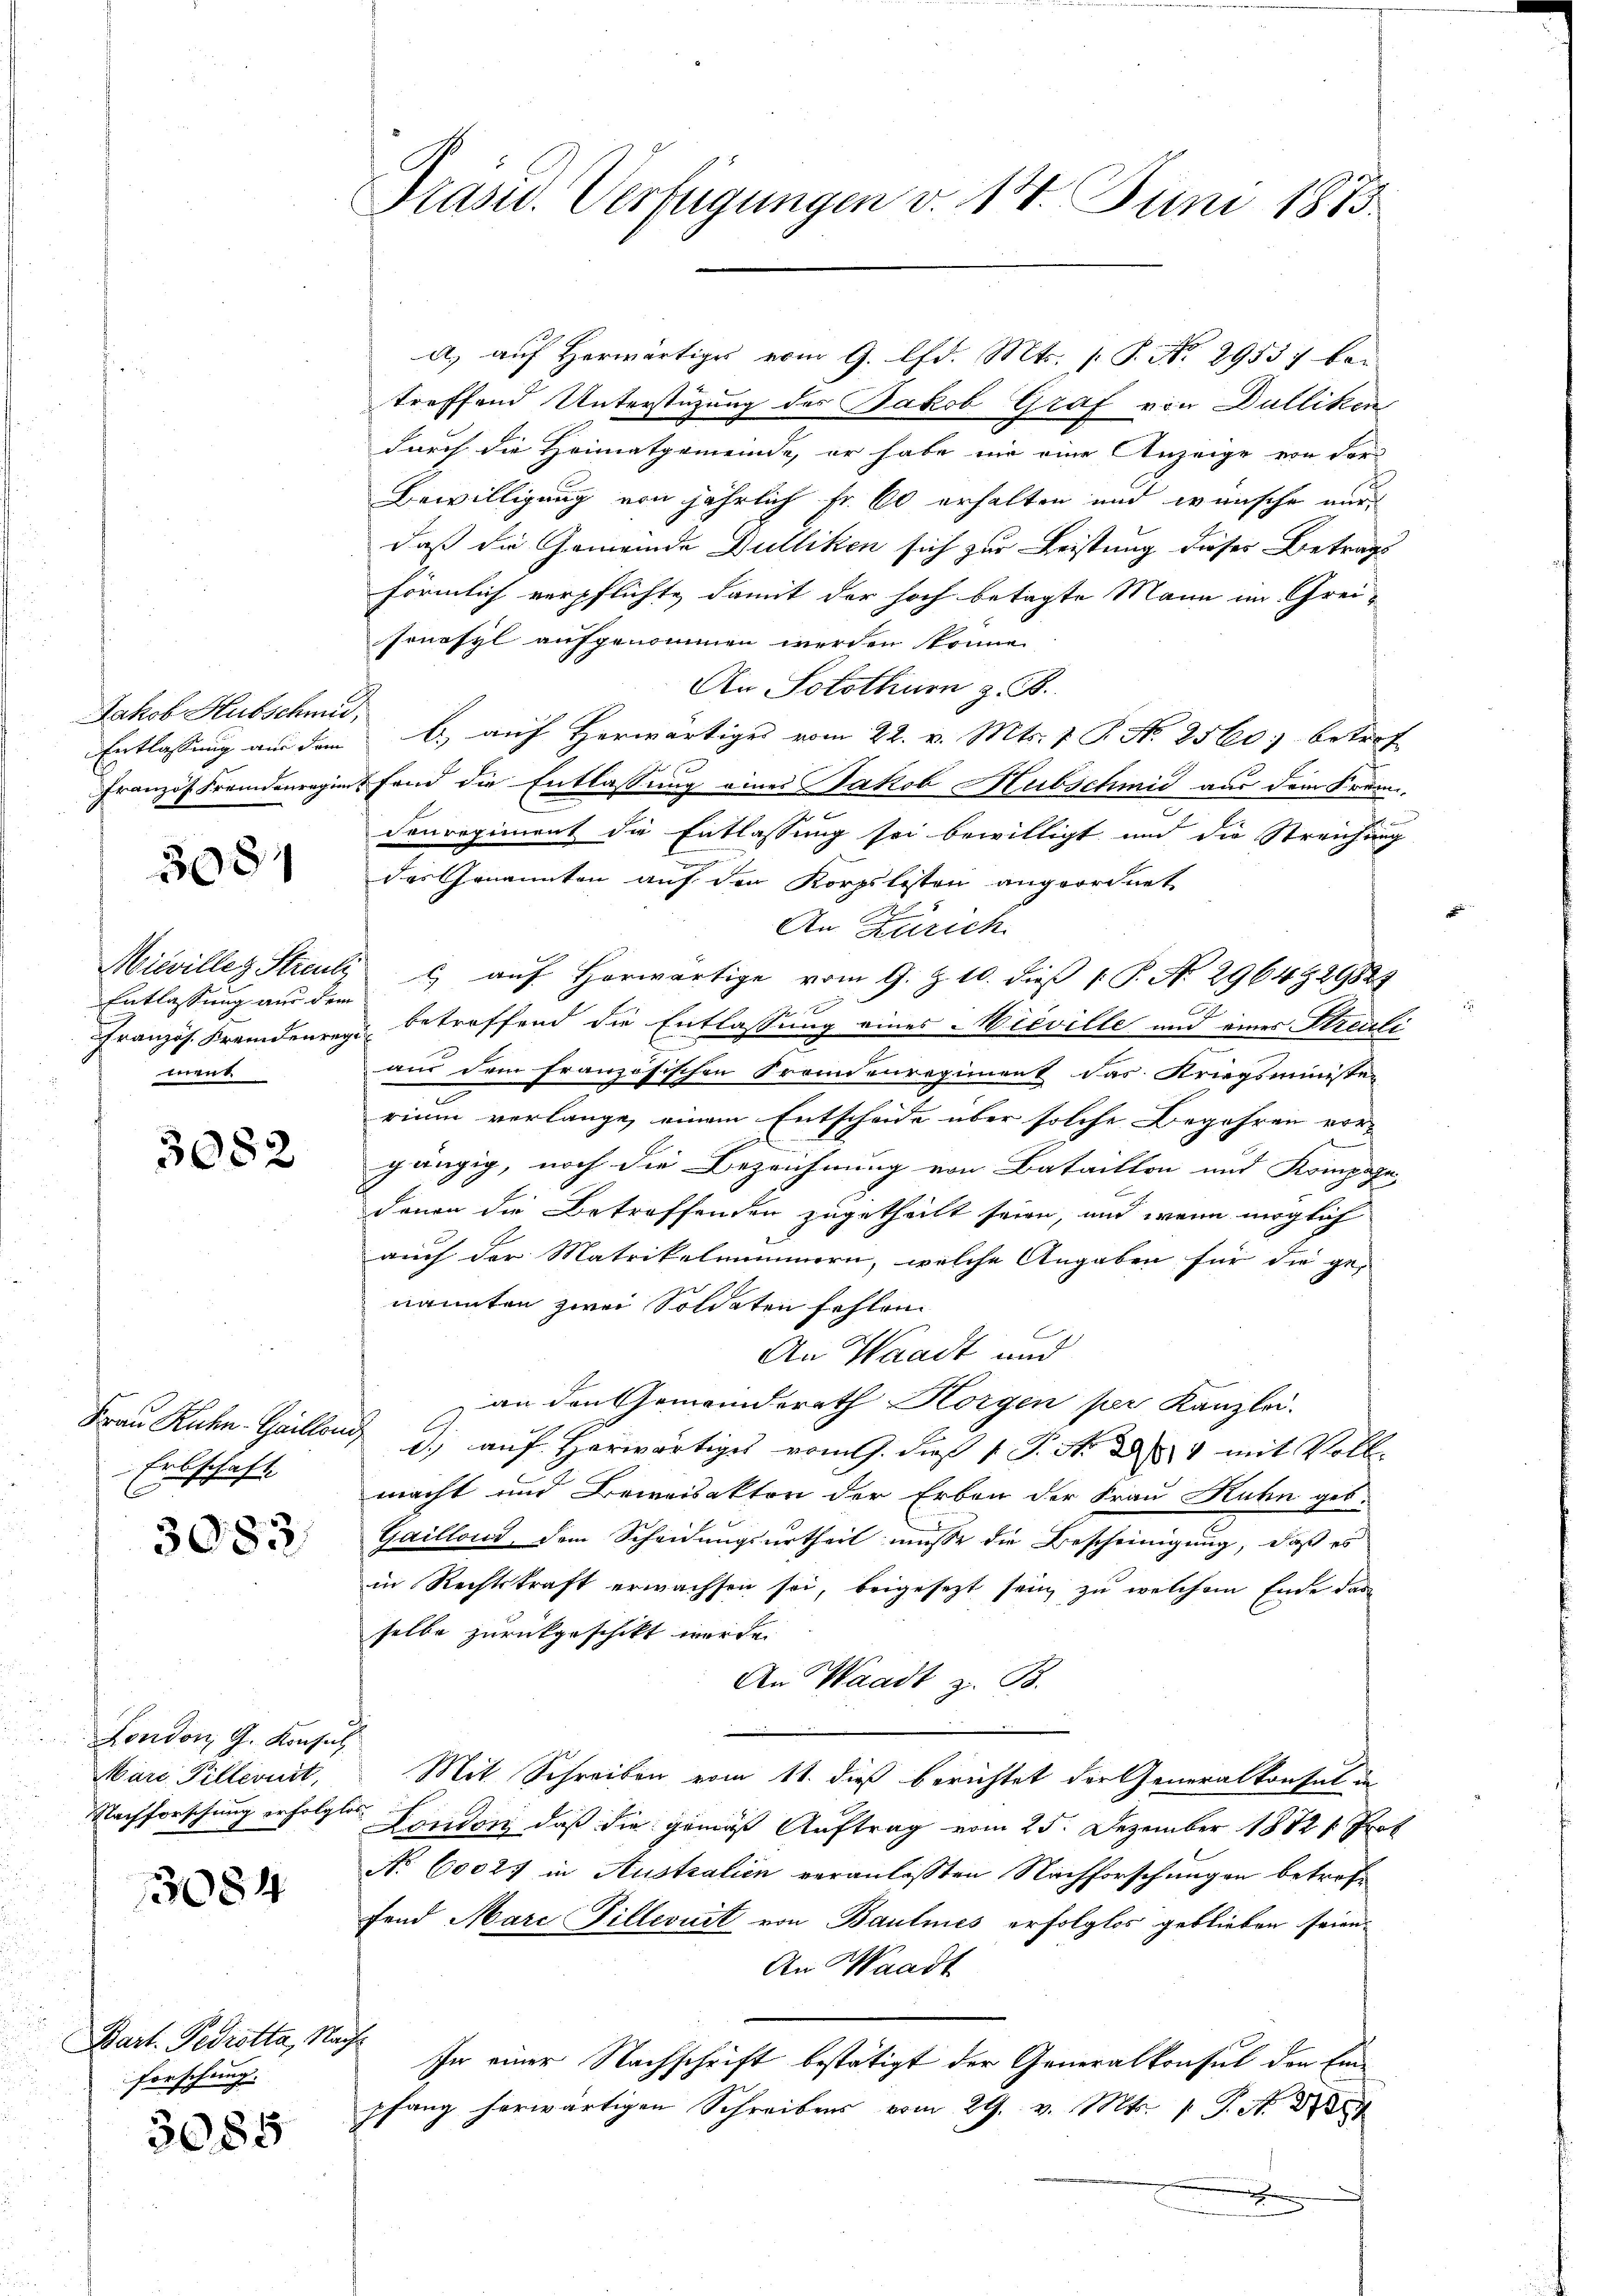
Jakob Hubschmi
Entlassung aus dem
Französ. Fremdenregim

308

Miwille Streuli
Entlassung aus dem
Französ. Fremdenreg
mene

3082

Frau Ruhn-Gailloni
Erbschaft

3083.

London G. Konsul
Mare Pillevurt,

3084

Bart. Frdrotta, Nachforschung.

3085

Präsid.. Verfügungen v. 14. Juni 1875

a. aŭf herwärtige vom 9. lfd. Mts. (T. No. 29557 be-
treffend Unterstüzung des Backob Graf von Dulliken
durch die Heimatgemeinde, er habe nie eine Anzeige von der
Bewilligung von jährlich Fr. 60 erhalten und wünsche nur
daß die Gemeinde Dulliken sich zur Leistung dieses Betrags
förmlich verpflichte damit der hoch betagte Mann im Grei-
sonasyl aufgenommen werden könne.
An Solothurn z. B.
b. aŭf herwärtiges vom 22. v. Mts. 7 P. Nr. 2560 betref
fond die Entlassung eines Jakob Hubschmid aus dem Freun-
Canregiment die Entlassung sei bewilligt und die Streichung
das Genannten auf den Korpslisten angeordnet
An Zürich.
c auf Horwärtige vom 9. Z. 10. dieß P. No. 2964929827
2f 0 x
betreffend die Entlassung eines Wieville und eines Streuliaus dem französischen Fremdenregiment das Kriegsministen
rium verlange einem Entscheide über solche Begehren vor-
gängig, noch die Bezeichnung von Bataillon und Kompagn
denen die Betreffenden zugetheilt seien, und wenn möglich
auch der Matrikelnimmern, welche Angaben für die ge-
nannten zwei Soldaten fehlen.
An Waadt und
an den Gemeinderath Horgen per Kanzlei-
d) auf herwärtiges vom 9. dieß 1 S. N. 289 mit Voll-
macht und Beweisakten der Erben der Frau Kuhn geb.
Gaillond, dem Scheidungsurtheil müsse die Bescheinigung, daß es
in Rechtskraft erwachsen sei, beigesezt sein, zu welchem Ende das
selbe zurückgeschikt werde.
An Waadt z. B.
Mit Schreiben vom 11. dieß berichtet der Generalkonsul in
Nachforschung erfolgter Landen, daß die gemäß Auftrag vom 25. Dezember 18721. Prof.
No 60027 in Australien veranlaßten Nachforschungen betroffand Marc Pillevurt von Baumes erfolglos geblieben seien,
An Waadt
In einer Nachschrift bestätigt der Generalkonsul den Einpfang herwärtigen Schreibens vom 29. v. Mts. 1 S. A.
i